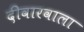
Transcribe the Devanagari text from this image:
दीवारवाला